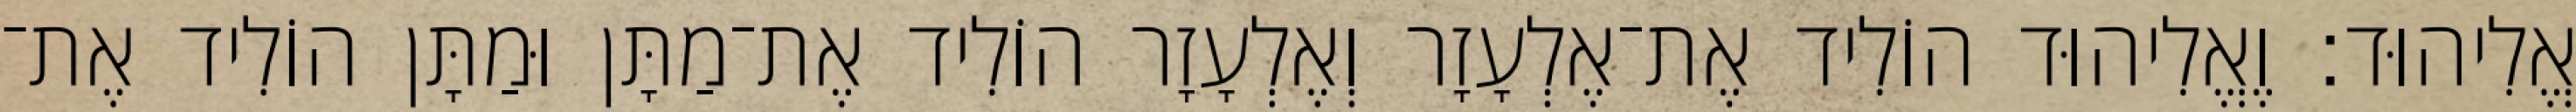
אֱלִיהוּד׃ וֶאֱלִיהוּד הוֹלִיד אֶת־אֶלְעָזָר וְאֶלְעָזָר הוֹלִיד אֶת־מַתָּן וּמַתָּן הוֹלִיד אֶת־